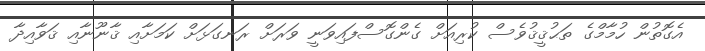
އެގޮތުން ހުމާމްގެ ތަޙުޤީޤުވެސް ކުރިއަށް ގެންގޮސްފައިވަނީ ވަރަށް ރަނގަޅަށް ކަމަށާއި ޤާނޫނާއި ޤަވާއިދާ